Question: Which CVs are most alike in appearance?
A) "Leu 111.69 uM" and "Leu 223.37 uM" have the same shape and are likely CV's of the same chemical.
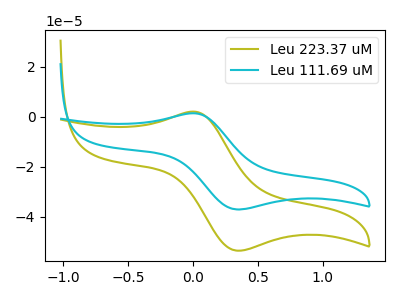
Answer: <think>The olive curve "Leu 223.37 uM" has an anodic peak at (0.00V, 2.10uA) and a cathodic peak at (0.35V, -53.55uA). The cyan curve "Leu 111.69 uM" has an anodic peak at (0.00V, 1.45uA) and a cathodic peak at (0.35V, -37.05uA).
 All the peaks in "Leu 223.37 uM" have a peak in "Leu 111.69 uM" at the same potential. Every peak in "Leu 223.37 uM" is higher than every peak in "Leu 111.69 uM".</think>
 <answer>A) "Leu 111.69 uM" and "Leu 223.37 uM" have the same shape and are likely CV's of the same chemical.</answer>
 <eval>A</eval>